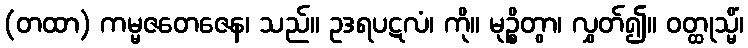
(တထာ) ကမ္မဇတေဇေန၊ သည်။ ဥဒရပဋလံ၊ ကို။ မုဉ္စိတွာ၊ လွှတ်၍။ ဝတ္ထုသ္မိံ၊